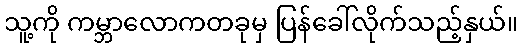
သူ့ကို ကမ္ဘာလောကတခုမှ ပြန်ခေါ်လိုက်သည့်နှယ်။